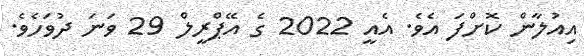
އިއުލާން ކޮށްފަ އެވެ. އެއީ 2022 ގެ އޭޕްރީލް 29 ވަނަ ދުވަހެވެ.